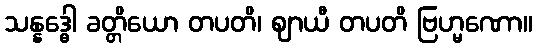
သန္နဒ္ဓေါ ခတ္တိယော တပတိ၊ ဈာယီ တပတိ ဗြဟ္မဏော။